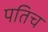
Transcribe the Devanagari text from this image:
पतिच